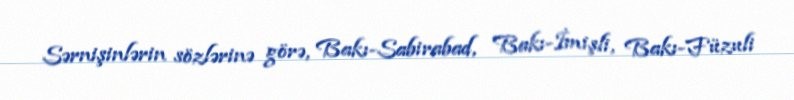
Sərnişinlərin sözlərinə görə, Bakı-Sabirabad, Bakı-İmişli, Bakı-Füzuli